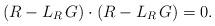
LaTeX: \begin{align*}(R - L_{R}\, G) \cdot (R - L_{R}\, G) = 0 .\end{align*}